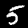
Label: 5